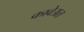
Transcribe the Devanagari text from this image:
कावेअत